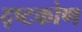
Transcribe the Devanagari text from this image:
द्ष्टकोण